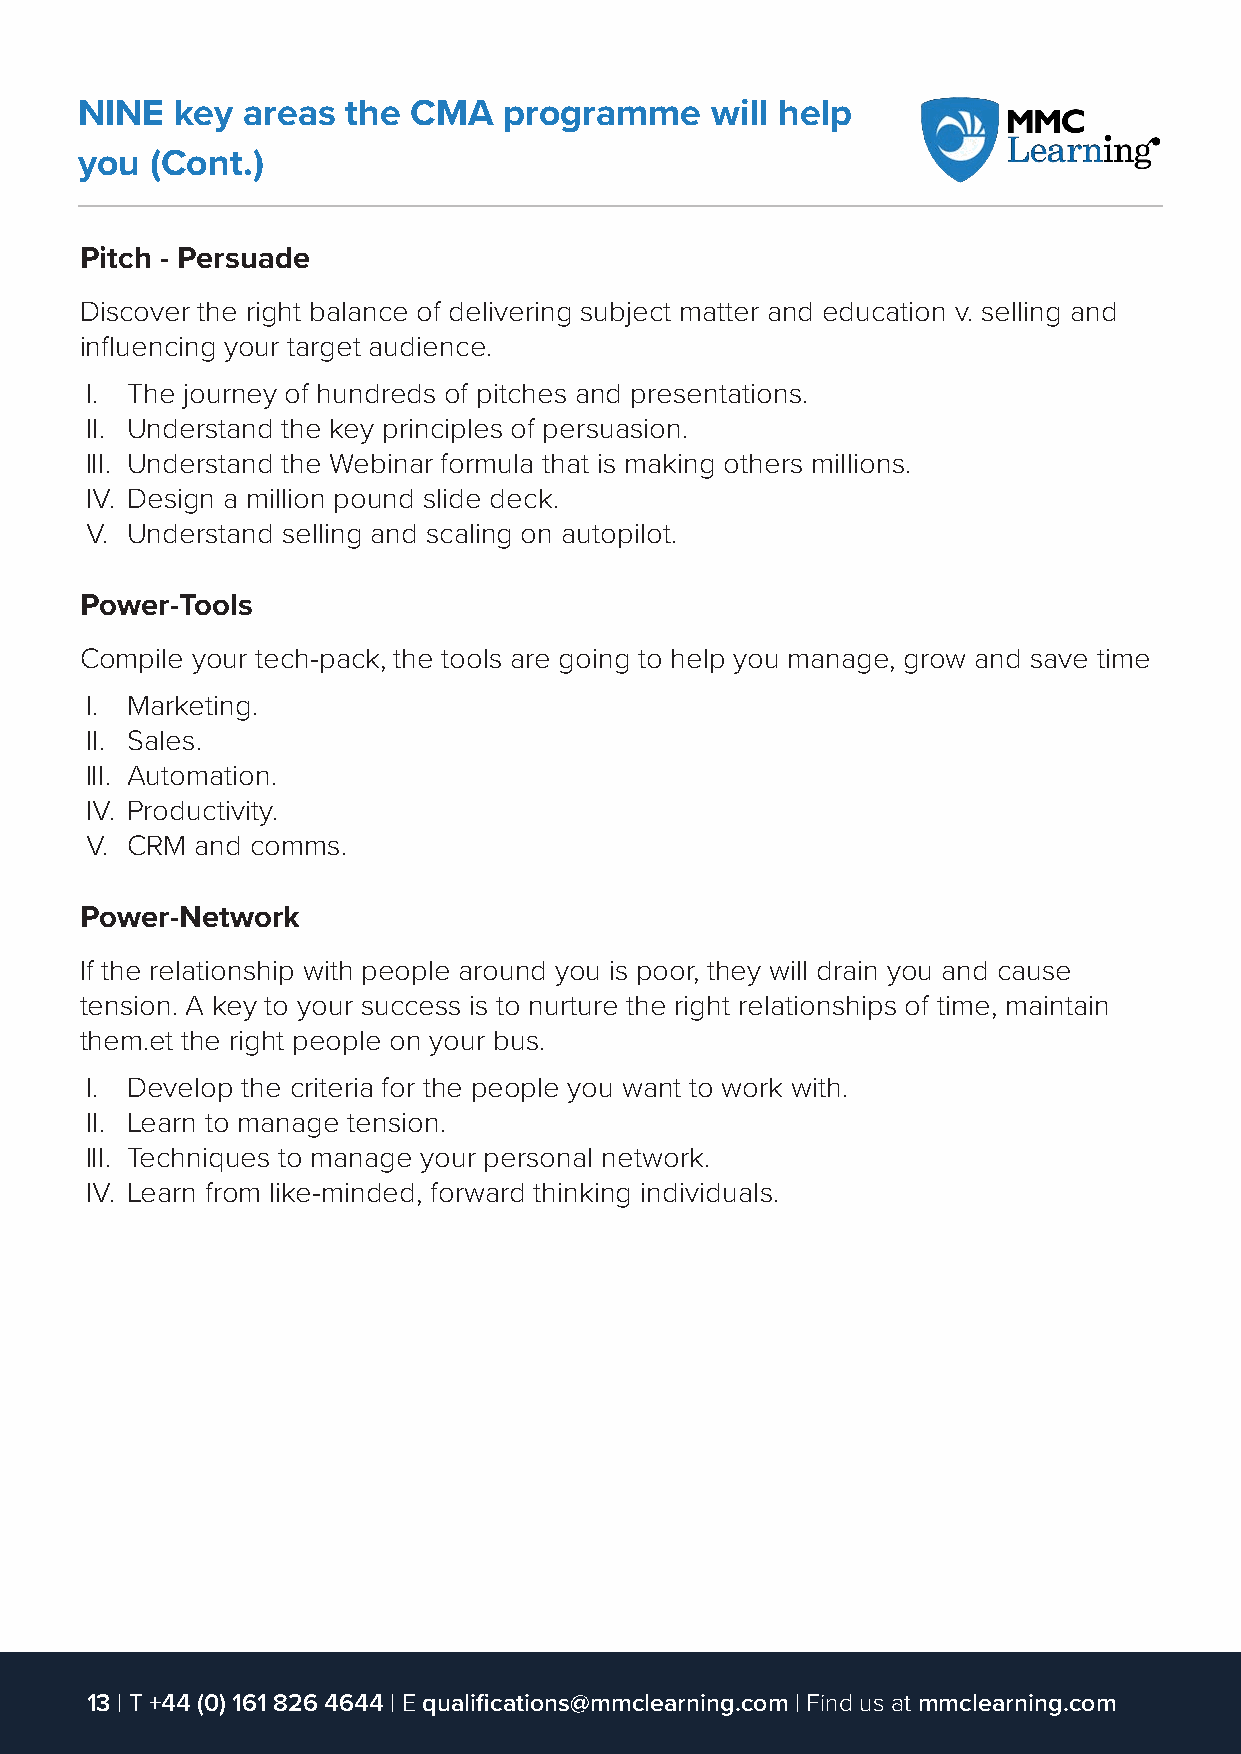
NINE   key areas  the CMA   programme     will help
 you  (Cont.)
 Pitch - Persuade
 Discover the right balance of delivering subject matter and education v. selling and
 influencing your target audience.
 I. The journey of hundreds of pitches and presentations.
 II. Understand the key principles of persuasion.
 III. Understand the Webinar formula that is making others millions.
 IV. Design a million pound slide deck.
 V. Understand selling and scaling on autopilot.
 Power-Tools
 Compile your tech-pack, the tools are going to help you manage, grow and save time
 I. Marketing.
 II. Sales.
 III. Automation.
 IV. Productivity.
 V. CRM and comms.
 Power-Network
 If the relationship with people around you is poor, they will drain you and cause
 tension. A key to your success is to nurture the right relationships of time, maintain
 them.et the right people on your bus.
 I. Develop the criteria for the people you want to work with.
 II. Learn to manage tension.
 III. Techniques to manage your personal network.
 IV. Learn from like-minded, forward thinking individuals.
 13 | T +44 (0) 161 826 4644 | E qualifications@mmclearning.com | Find us at mmclearning.com